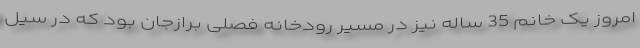
امروز یک خانم 35 ساله نیز در مسیر رودخانه فصلی برازجان بود که در سیل